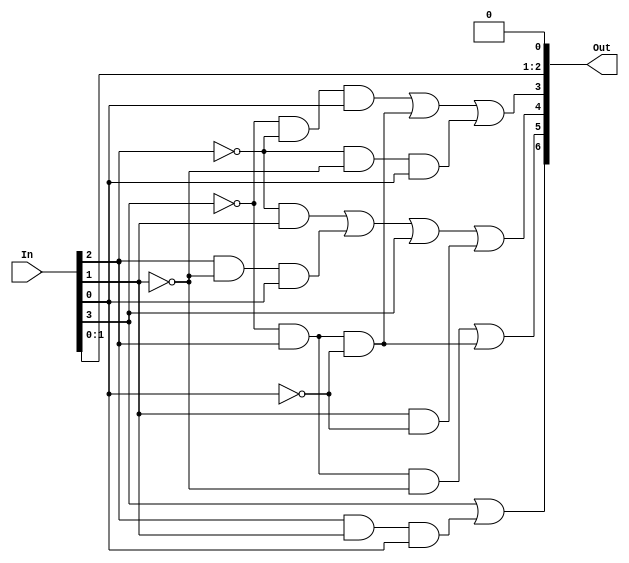
`timescale 1ns / 1ps
//////////////////////////////////////////////////////////////////////////////////
// Company: 
// Engineer: 
// 
// Design Name: 
// Module Name: multiplicador
// Project Name: 
// Target Devices: 
// Tool Versions: 
// Description: 
// 
// Dependencies: 
// 
// Revision:
// Revision 0.01 - File Created
// Additional Comments:
// 
//////////////////////////////////////////////////////////////////////////////////


module multiplicador(
   input [6:0] In,
   output [6:0] Out
    );
    wire A,B,C,D;
    assign {A,B,C,D}=In[3:0];
    assign Out[6]=A||(B&&C&&D);
    assign Out[5]=(~A&&B&&~C)||(~A&&B&&~D);
    assign Out[4]=(~B&&C)||(B&~C&&D)||(A)||(C&&~D);
    assign Out[3]=(~A&&~B&&D)||(~A&&B&&~D)||(~B&&~C&&D);
    assign Out[2]=C;
    assign Out[1]=D;
    assign Out[0]=0;
endmodule